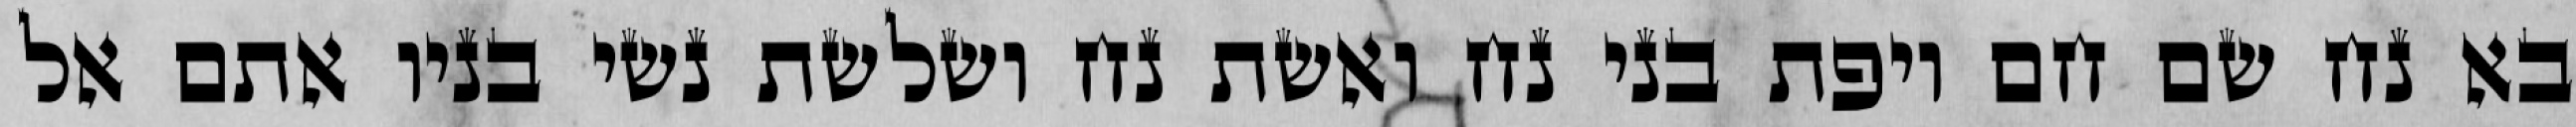
בא נח שם חם ויפת בני נח ואשת נח ושלשת נשי בניו אתם אל